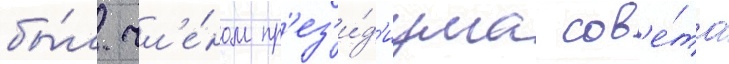
бы́л чл'е́ном пр'ез'и́д'иума сов'е́та